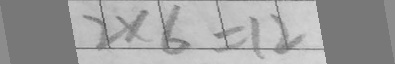
2 \times 6 = 1 2